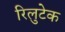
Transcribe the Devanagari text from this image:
रिलुटेक